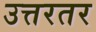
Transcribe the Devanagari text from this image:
उत्तरतर